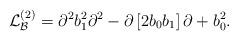
LaTeX: \begin{align*}\mathcal{L}_{\mathcal{B}}^{\left( 2\right) }=\partial^{2}b_{1}^{2}\partial^{2}-\partial\left[ 2b_{0}b_{1}\right] \partial+b_{0}^{2}.\end{align*}